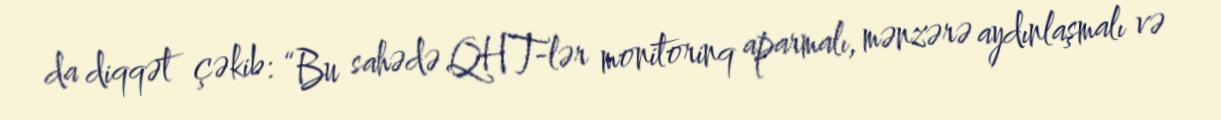
da diqqət çəkib: “Bu sahədə QHT-lər monitorinq aparmalı, mənzərə aydınlaşmalı və